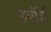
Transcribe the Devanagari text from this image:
हर्बोर्स